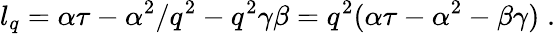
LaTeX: l_{q}=\alpha\tau-\alpha^{2}/q^{2}-q^{2}\gamma\beta=q^{2}(\alpha\tau-\alpha^{2}-\beta\gamma)\; .